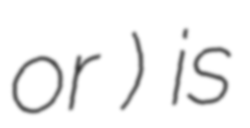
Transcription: or 宋) is